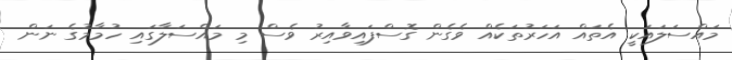
މައްސަލައަކީ އެތައް އަހަރުތަކެއް ވެގެން ގޮސްފައިވާއިރު ވެސް މި މައްސަލާގައި ހުމާމުގެ ނަން